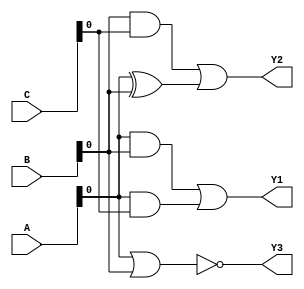
module combinational_logic (
    input wire [3:0] A,      // 4-bit input A
    input wire [3:0] B,      // 4-bit input B
    input wire [3:0] C,      // 4-bit input C
    output wire Y1,          // Output for function Y1 = (A AND B) OR (A AND C)
    output wire Y2,          // Output for function Y2 = (B AND C) OR (A XOR B)
    output wire Y3           // Output for function Y3 = NOT(A OR B)
);

// Shared Logic
wire A_and_B;               // Intermediate signal for A AND B
wire A_and_C;               // Intermediate signal for A AND C
wire B_and_C;               // Intermediate signal for B AND C
wire A_xor_B;              // Intermediate signal for A XOR B
wire A_or_B;               // Intermediate signal for A OR B

// Logic Functions
assign A_and_B = A & B;    // A AND B
assign A_and_C = A & C;    // A AND C
assign B_and_C = B & C;    // B AND C
assign A_xor_B = A ^ B;    // A XOR B
assign A_or_B = A | B;      // A OR B

// Output Logic
assign Y1 = A_and_B | A_and_C; // Y1 = (A AND B) OR (A AND C)
assign Y2 = B_and_C | A_xor_B;  // Y2 = (B AND C) OR (A XOR B)
assign Y3 = ~A_or_B;            // Y3 = NOT(A OR B)

endmodule